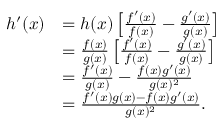
{ \begin{array} { r l } { h ^ { \prime } ( x ) } & { = h ( x ) \left[ { \frac { f ^ { \prime } ( x ) } { f ( x ) } } - { \frac { g ^ { \prime } ( x ) } { g ( x ) } } \right] } \\ & { = { \frac { f ( x ) } { g ( x ) } } \left[ { \frac { f ^ { \prime } ( x ) } { f ( x ) } } - { \frac { g ^ { \prime } ( x ) } { g ( x ) } } \right] } \\ & { = { \frac { f ^ { \prime } ( x ) } { g ( x ) } } - { \frac { f ( x ) g ^ { \prime } ( x ) } { g ( x ) ^ { 2 } } } } \\ & { = { \frac { f ^ { \prime } ( x ) g ( x ) - f ( x ) g ^ { \prime } ( x ) } { g ( x ) ^ { 2 } } } . } \end{array} }